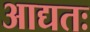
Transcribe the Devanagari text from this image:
आद्यतः